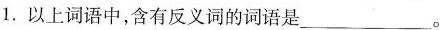
1.以上词语中，含有反义词的词语是___。